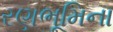
રણભૂમિના